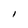
Character: I